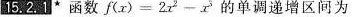
15.2.1^{★}函数$$f ( x ) = 2 x ^ { 2 } - x^{3}$$的单调递增区间为